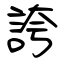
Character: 誇